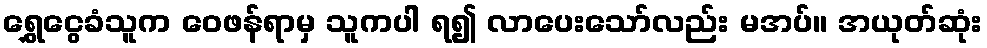
ရွှေငွေခံသူက ဝေဖန်ရာမှ သူကပါ ရ၍ လာပေးသော်လည်း မအပ်။ အယုတ်ဆုံး